system: You are a helpful assistant.
user:
Analyze the provided spectrum to determine if it is a **Carbon Star (C-type)**.

- **Key Visual Indicators of Carbon Star:**
    - **(Primary):** Strong molecular absorption from **C₂ (diatomic carbon) "Swan Bands."** This is the **defining feature** of a carbon star.
        - **(Key Bandheads):** Sharp absorption edges are visible at approximately $5635$ Å, $5165$ Å (the strongest band), and $4737$ Å.
        - **(Line Profile):** Creates a distinct **"saw-tooth"** pattern. The key morphology is a sharp, steep bandhead on the **red (long-wavelength) side**, which then gradually tapers off (i.e., flux recovers) towards the **blue (short-wavelength) side**. *(This is the direct opposite of the TiO bands seen in M-type stars)*.

    - **(Secondary):** Intense **CN (cyanogen)** molecular absorption bands.
        - **(Key Bandheads):** Located in the blue and violet regions of the spectrum (e.g., near $4215$ Å and $3883$ Å).
        - **(Morphology):** These bands are extremely broad and act as a "blanket," absorbing the vast majority of blue and violet light. This creates a characteristic **"cliff"** or **"steep drop-off"** in the spectrum's flux at short wavelengths.

    - **(Key Confirmation):** Strong **CH absorption band (G-band)**.
        - **(Key Bandhead):** Located around $4300$ Å. The contribution from CH molecules to this band is exceptionally strong.

    - **(Overall Spectrum):**
        - The continuum is severely "chopped up" by these deep molecular bands, especially C₂, rather than appearing as a smooth curve.
        - Due to the heavy CN and C₂ absorption in the blue-green, the vast majority of the star's flux is concentrated in the red part of the spectrum, giving the star its characteristic deep red color.

Think first, call **spectral_visualization_tool** if needed to examine features in detail, then provide your final answer. Your response must adhere to the following strict rules:
1.  **Overall Structure:** Your response must follow the format `<think>...</think> <tool_call>...</tool_call> (if a tool is used) <answer>...</answer>`.
2.  **Tool Usage Constraint:** You may only make **one** tool call per turn.
3.  **Final Answer Format:** In the `<answer>` tag, your conclusion must be inside a `\boxed{}` command (e.g., `\boxed{YES}`), followed by your justification.

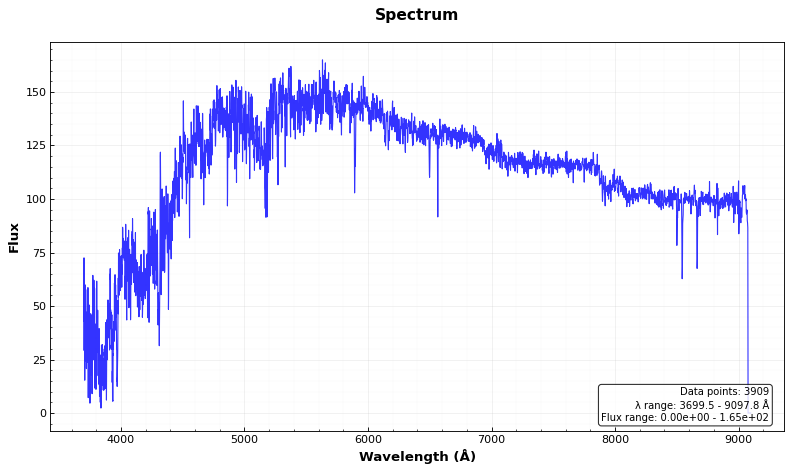
Answer: NO